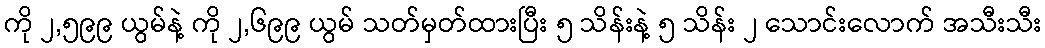
ကို ၂,၅၉၉ ယွမ်နဲ့ ကို ၂,၆၉၉ ယွမ် သတ်မှတ်ထားပြီး ၅ သိန်းနဲ့ ၅ သိန်း ၂ သောင်းလောက် အသီးသီး